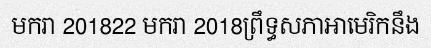
មករា 201822 មករា 2018ព្រឹទ្ធសភាអាមេរិកនឹង